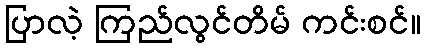
ပြာလဲ့ ကြည်လွင်တိမ် ကင်းစင်။